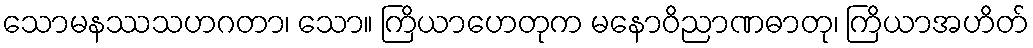
သောမနဿသဟဂတာ၊ သော။ ကြိယာဟေတုက မနောဝိညာဏဓာတု၊ ကြိယာအဟိတ်